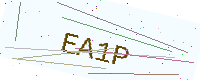
Text: EA1P